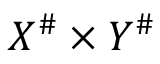
X ^ { \# } \times Y ^ { \# }